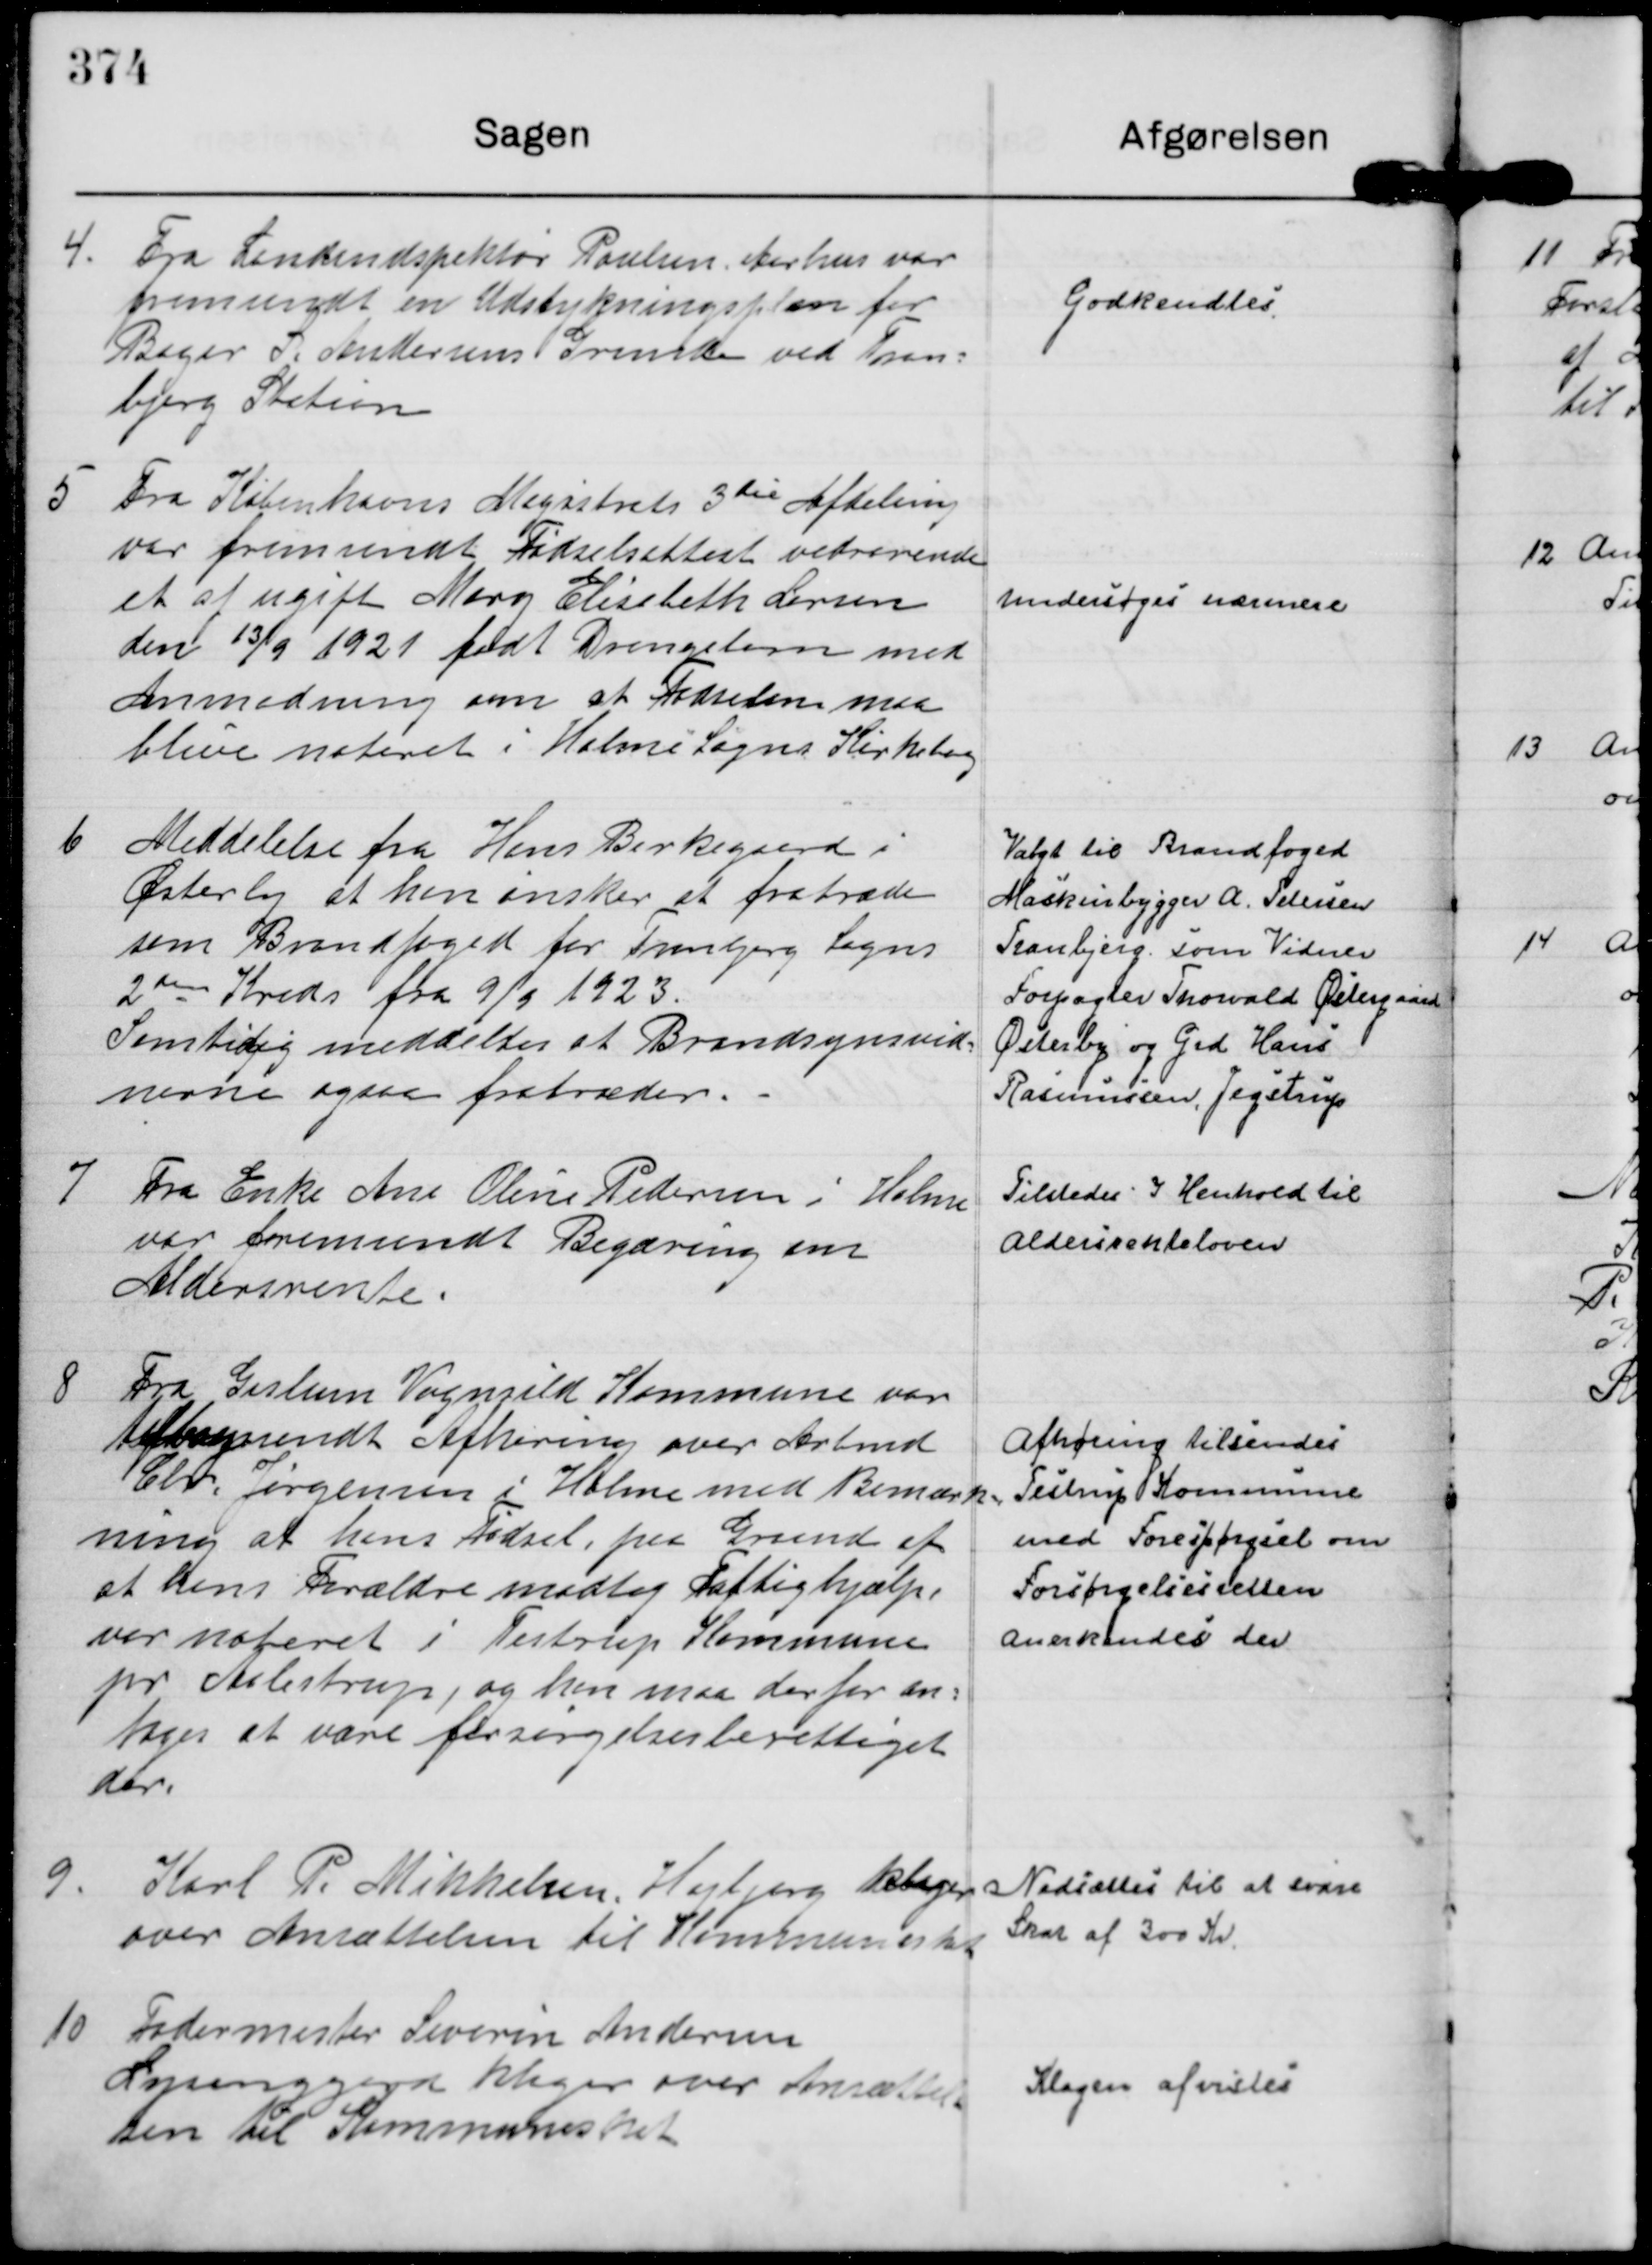
Transskription:
4.
Fra Landindspektør Poulsen. Aarhus var
fremsendt en Udstykningsplan for
Bager S. Andersens Grunde ved Tran= 
bjerg Station

Godkendtes

5
Fra Københavns Magistrats 3 die Afdeling
var fremsendt Fødselsattest vedrørende
et af ugift Mary Elisebeth Larsen
den 13/9 1921 født Drengebarn med
Anmodning om at Fødselen maa
blive noteret i Holme Sogns Kirkebog

undersøges nærmere

6
Meddelelse fra Hans Birkegaard i
Østerby at han ønsker at fratræde
som Brandfoged for Tranbjerg Sogns
2 den Kreds fra 9/9 1923.
Samtidig meddeltes at Brandsynsvid=
nerne ogsaa fratræder. -

Valgt til Brandfoged
Maskinbygger A. Petersen
Tranbjerg. som Vidner
Forpagter Thorvald Østergaard
Østerby og Grd Hans
Rasmussen, Jegstrup

7
Fra Enke Ane Oline Pedersen i Holme
var fremsendt Begæring om
Aldersrente.

Tilstedes I Henhold til
Aldersrenteloven

8
Fra Gislum Vognsild Kommune var
tilbagesendt Afhøring over Arbmd
Chr. Jørgensen i Holme med Bemærk=
ning at hans Fødsel, paa Grund af
at hans Forældre modtog Fattighjælp
var noteret i Testrup Kommune
pr Aalestrup, og han maa derfor an=
tages at være forsørgelsesberettiget
der.

Afhøring tilsendes
Testrup Kommune
med Forespørgsel om
Forsørgelsesretten
anderkendes der

9.
Karl P. Mikkelsen, Højbjerg klager
over Ansættelsen til Kommuneskat

Nedsættes til at svare 
Skat af 300 Kr.

10
Fodermester Severin Andersen
Lysenggaard klager over Ansættel=
sen til Kommuneskat

Klagen afvistes